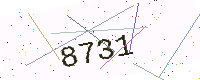
Text: 8731